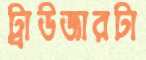
ট্রাউজারটা